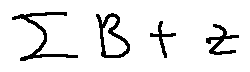
\sum B + z